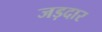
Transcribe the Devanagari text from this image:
जड़दार